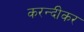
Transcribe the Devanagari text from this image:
करन्दीकर